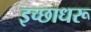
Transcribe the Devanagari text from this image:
इच्छाधरू